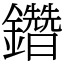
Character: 𨯩